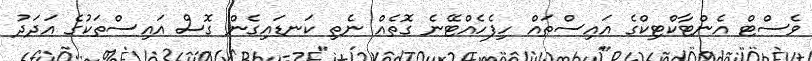
ވެސްޓް އެންޓާކްޓިކްގެ އައިސްތައް ހިފެހެއްޓޭނެ ގޮތެއް ނެތި ކަނޑައިގެން ގޮސް އައިސްތަކުގެ އަދަދު